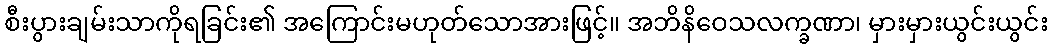
စီးပွားချမ်းသာကိုရခြင်း၏ အကြောင်းမဟုတ်သောအားဖြင့်။ အဘိနိဝေသလက္ခဏာ၊ မှားမှားယွင်းယွင်း